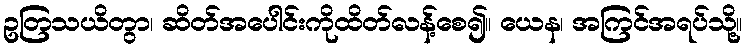
ဥတြသယိတွာ၊ ဆိတ်အပေါင်းကိုထိတ်လန့်စေ၍။ ယေန၊ အကြင်အရပ်သို့။